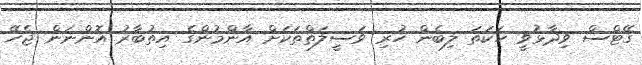
ގޭޓްސް ވިދާޅުވީ ހަކަތަ ލިބެން ހުރި ވަސީލަތްތަކަށް އާންމުންގެ އިތުބާރު އޮންނަން ޖެހޭ